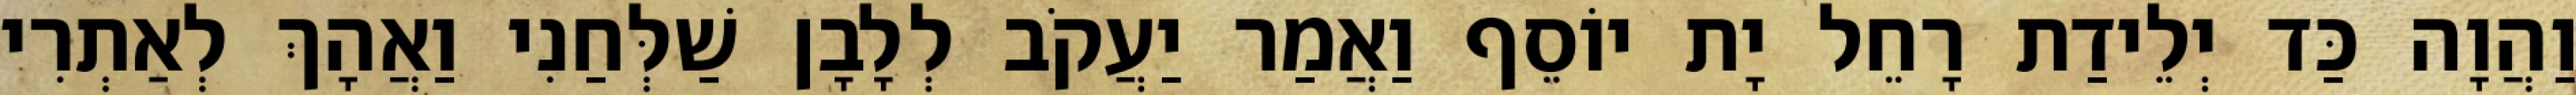
וַהֲוָה כַּד יְלֵידַת רָחֵל יָת יוֹסֵף וַאֲמַר יַעֲקֹב לְלָבָן שַׁלְּחַנִי וַאֲהָךְ לְאַתְרִי